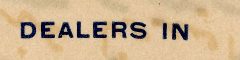
DEALERS IN